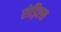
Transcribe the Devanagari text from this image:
रोड़िएस